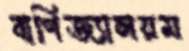
বাণিজ্যালয়ম